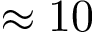
\approx 1 0